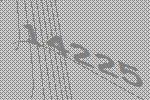
14225